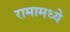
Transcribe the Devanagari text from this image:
रामामध्ये